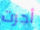
أجرت